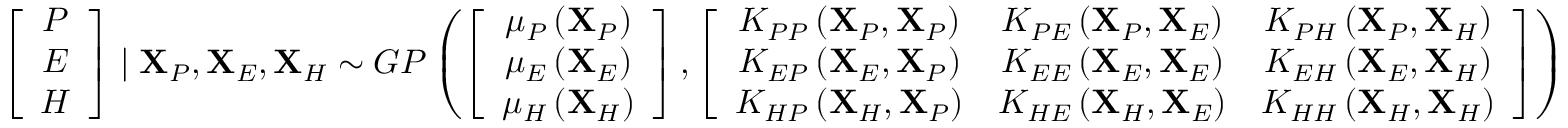
\left[ \begin{array} { c } { P } \\ { E } \\ { H } \end{array} \right] \mid \mathbf { X } _ { P } , \mathbf { X } _ { E } , \mathbf { X } _ { H } \sim G P \left( \left[ \begin{array} { c } { \mu _ { P } \left( \mathbf { X } _ { P } \right) } \\ { \mu _ { E } \left( \mathbf { X } _ { E } \right) } \\ { \mu _ { H } \left( \mathbf { X } _ { H } \right) } \end{array} \right] , \left[ \begin{array} { c c c } { K _ { P P } \left( \mathbf { X } _ { P } , \mathbf { X } _ { P } \right) } & { K _ { P E } \left( \mathbf { X } _ { P } , \mathbf { X } _ { E } \right) } & { K _ { P H } \left( \mathbf { X } _ { P } , \mathbf { X } _ { H } \right) } \\ { K _ { E P } \left( \mathbf { X } _ { E } , \mathbf { X } _ { P } \right) } & { K _ { E E } \left( \mathbf { X } _ { E } , \mathbf { X } _ { E } \right) } & { K _ { E H } \left( \mathbf { X } _ { E } , \mathbf { X } _ { H } \right) } \\ { K _ { H P } \left( \mathbf { X } _ { H } , \mathbf { X } _ { P } \right) } & { K _ { H E } \left( \mathbf { X } _ { H } , \mathbf { X } _ { E } \right) } & { K _ { H H } \left( \mathbf { X } _ { H } , \mathbf { X } _ { H } \right) } \end{array} \right] \right)